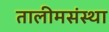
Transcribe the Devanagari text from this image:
तालीमसंस्था